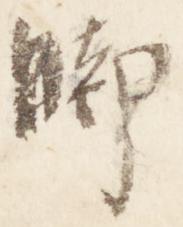
脚